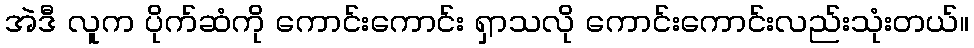
အဲဒီ လူက ပိုက်ဆံကို ကောင်းကောင်း ရှာသလို ကောင်းကောင်းလည်းသုံးတယ်။